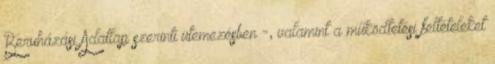
Beruházási Adatlap szerinti ütemezésben -, valamint a működtetési feltételeket